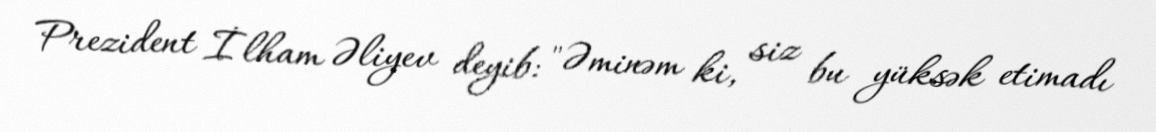
Prezident İlham Əliyev deyib: "Əminəm ki, siz bu yüksək etimadı